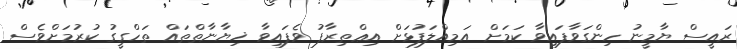
ރައީސް ޔާމީނު ހިންގަވާފައިވާ ކަމަށް އަމިއްލަފުޅަށް އިޢްތިރާފު ވެފައިވާ ޚިޔާނާތްތައް ތަހްގީގު ކުރުމަށްވެސް